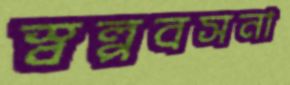
স্বল্পবসনা